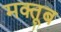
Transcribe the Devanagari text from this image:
मक्तूब